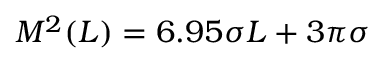
M ^ { 2 } ( L ) = 6 . 9 5 \sigma L + 3 \pi \sigma